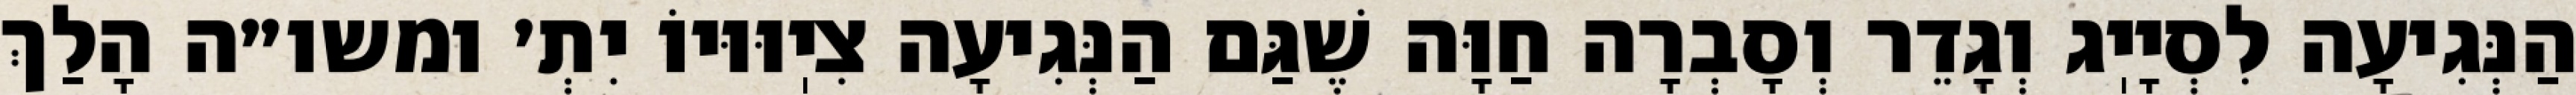
הַנְּגִיעָה לִסְיָיֽג וְגָדֵר וְסָבְרָה חַוָּה שֶׁגַּם הַנְּגִיעָה צִיֽוּוּיוֹ יִתְ׳ ומשו״ה הָלַךְ